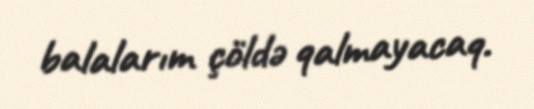
balalarım çöldə qalmayacaq.